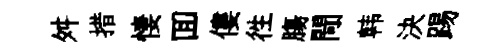
舛措悽囬僂徃膓閜韩決踢